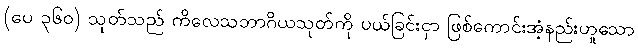
(ပေ ၃၆၀) သုတ်သည် ကိလေသဘာဂိယသုတ်ကို ပယ်ခြင်းငှာ ဖြစ်ကောင်းအံ့နည်းဟူသော